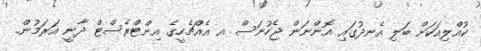
ކުއްލިއަކަށް ބަލި އެނދުގައި އޮންނަން ޖެހުނަސް އ އެއްޗެހީގެ އިންޓްރެސްޓް ދާނީ އަރަމުން..